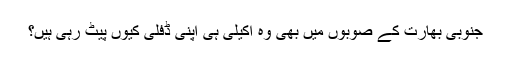
جنوبی بھارت کے صوبوں میں بھی وہ اکیلی ہی اپنی ڈفلی کیوں پیٹ رہی ہیں؟